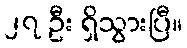
၂၇ ဦး ရှိသွားပြီ။